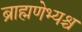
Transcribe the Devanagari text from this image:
ब्राह्मणेभ्यश्च